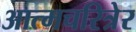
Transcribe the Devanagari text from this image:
आत्मचरित्रेर